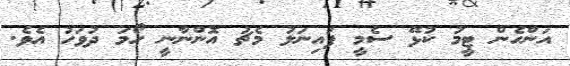
އަންހެން ޓީމު ކުޅޭ ސެމީ ފައިނަލު މެޗު އޮންނާނީ ހޯމަ ދުވަހު އެވެ.